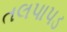
તલપાપડ